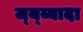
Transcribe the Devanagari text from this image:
ज्य्य्यादा